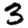
Digit: 3